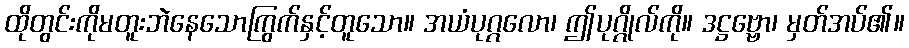
ထိုတွင်းကိုမတူးဘဲနေသောကြွက်နှင့်တူသော။ အယံပုဂ္ဂလော၊ ဤပုဂ္ဂိုလ်ကို။ ဒဋ္ဌဗ္ဗော၊ မှတ်အပ်၏။